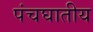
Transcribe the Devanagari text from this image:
पंचघातीय